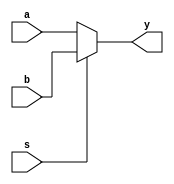
`timescale 1ns / 1ps
//////////////////////////////////////////////////////////////////////////////////
// Company: 
// Engineer: 
// 
// Design Name: 
// Module Name:    mux_1600 
// Project Name: 
// Target Devices: 
// Tool versions: 
// Description: 
//
// Dependencies: 
//
// Revision: 
// Revision 0.01 - File Created
// Additional Comments: 
//
//////////////////////////////////////////////////////////////////////////////////
module mux_1600(
    input [1599:0] a,b,
	 input s,
    output reg [1599:0] y
    );
	 
always@(a,b,s)
begin
if(s==0)
y=a;
else
y=b;
end

endmodule